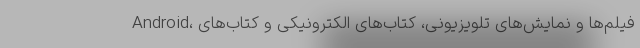
Android، فیلم‌ها و نمایش‌های تلویزیونی، کتاب‌های الکترونیکی و کتاب‌های